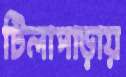
টিলাপাড়ায়